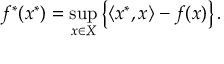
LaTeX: f ^ { * } ( x ^ { * } ) = \operatorname* { s u p } _ { x \in X } \left\{ \langle x ^ { * } , x \rangle - f ( x ) \right\} .